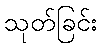
သုတ်ခြင်း